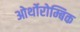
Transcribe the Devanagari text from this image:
ओर्थोरोम्बिक